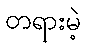
တရားမဲ့